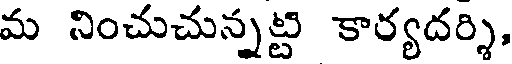
మ నించుచున్నట్టి కార్యదర్శి,